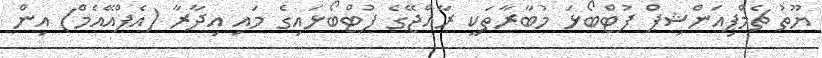
ޔޫތު ޗެމްޕިއަންޝިޕް ފުޓްބޯޅަ މުބާރާތަކީ ރާއްޖޭގެ ފުޓްބޯޅައިގެ މައި އިދާރާ (އެފްއޭއެމް) އިން